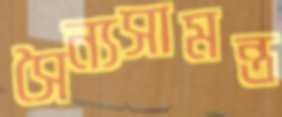
সৈন্যসামন্ত